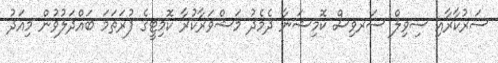
ސަރުކާރާއި ސިވިލް ސަރވިސް ކޮމިޝަނާ ދެމެދު މަޝްވަރާކުރާ ކޮމިޓީގެ ފުރަތަމަ ބައްދަލުވުން މިއަދު